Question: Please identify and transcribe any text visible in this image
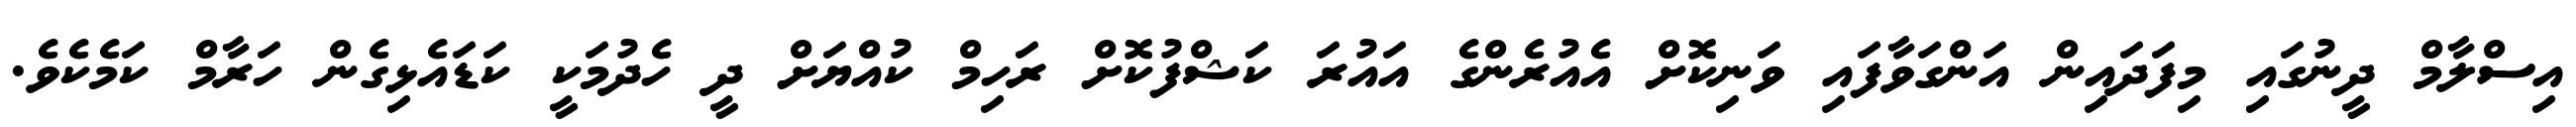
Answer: އިސްލާމް ދީނުގައި މިފަދައިން އަންގަވާފައި ވަނިކޮށް އެއުރެންގެ އައުރަ ކަޝްފުކޮށް ރަހިމް ކުއްޔަށް ދީ ހެދުމަކީ ކަޑައެޅިގެން ހަރާމް ކަމެކެވެ.